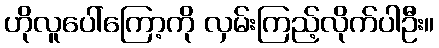
ဟိုလူပေါ်ကြော့ကို လှမ်းကြည့်လိုက်ပါဦး။